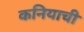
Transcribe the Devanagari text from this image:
कनियाची